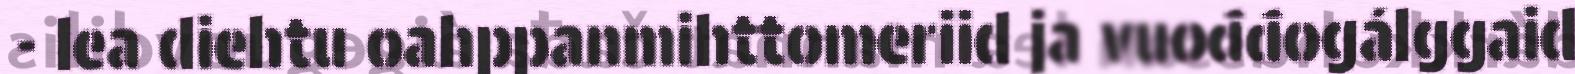
- lea diehtu oahppanmihttomeriid ja vuođđogálggaid